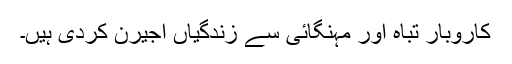
کاروبار تباہ اور مہنگائی سے زندگیاں اجیرن کردی ہیں۔